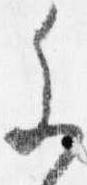
参